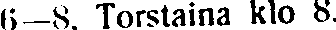
6—8. Torstaina klo 8.